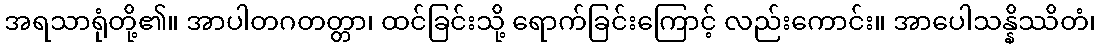
အရသာရုံတို့၏။ အာပါတဂတတ္တာ၊ ထင်ခြင်းသို့ ရောက်ခြင်းကြောင့် လည်းကောင်း။ အာပေါသန္နိဿိတံ၊